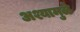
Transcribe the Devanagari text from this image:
अश्यामुळे